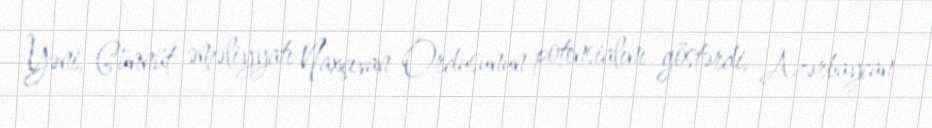
Yəni, Günnüt əməliyyatı Naxçıvan Ordusunun potensialını göstərdi, Azərbaycan